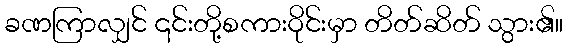
ခဏကြာလျှင် ၎င်းတို့စကားဝိုင်းမှာ တိတ်ဆိတ် သွား၏။